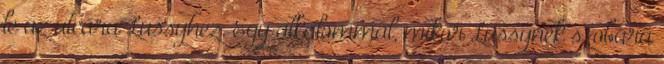
le az utcára Lussyhez. Egy alkalommal, mikor Lussynek szobára